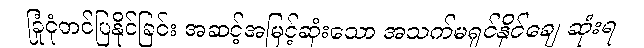
ခြုံငုံတင်ပြနိုင်ခြင်း အဆင့်အမြင့်ဆုံးသော အသက်မရှင်နိုင်ချေ ဆုံးရ